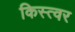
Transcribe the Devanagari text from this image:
किस्त्वर